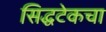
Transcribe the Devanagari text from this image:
सिद्धटेकचा